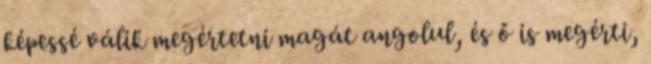
képessé válik megértetni magát angolul, és ő is megérti,